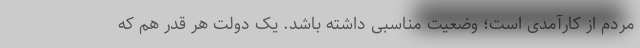
مردم از کارآمدی است؛ وضعیت مناسبی داشته باشد. یک دولت هر قدر هم که